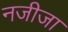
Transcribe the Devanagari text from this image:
नजीजा